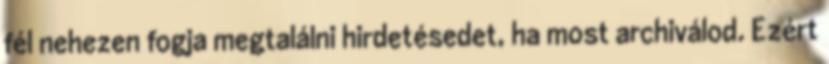
fél nehezen fogja megtalálni hirdetésedet, ha most archiválod. Ezért